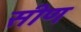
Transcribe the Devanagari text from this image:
सीण